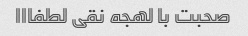
صحبت با لهجه نقی لطفااا